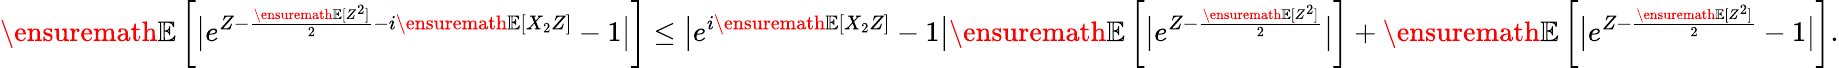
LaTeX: {\ensuremath{\mathbb E}}\left[\big|e^{Z-\frac{{\ensuremath{\mathbb E}}[Z^{2}]}{2}-i{\ensuremath{\mathbb E}}[X_{2}Z]}-1\big|\right]\le\big|e^{i{\ensuremath{\mathbb E}}[X_{2}Z]}-1\big|{\ensuremath{\mathbb E}}\left[\big|e^{Z-\frac{{\ensuremath{\mathbb E}}[Z^{2}]}{2}}\big|\right]+{\ensuremath{\mathbb E}}\left[\big|e^{Z-\frac{{\ensuremath{\mathbb E}}[Z^{2}]}{2}}-1\big|\right].